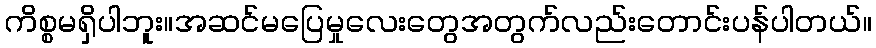
ကိစ္စမရှိပါဘူး။အဆင်မပြေမှုလေးတွေအတွက်လည်းတောင်းပန်ပါတယ်။